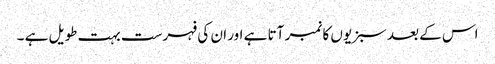
اس کے بعد سبزیوں کا نمبر آتا ہے اور ان کی فہرست بہت طویل ہے ۔